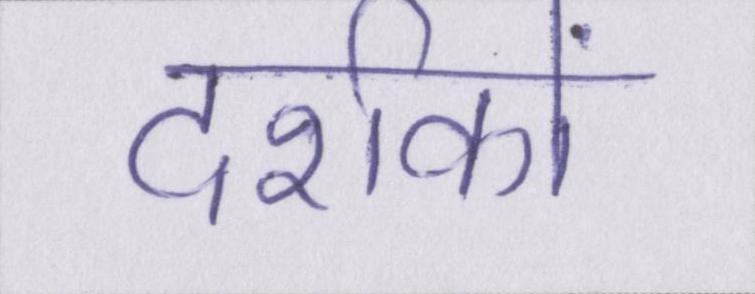
दर्शकों